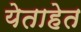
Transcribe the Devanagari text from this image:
येताहेत